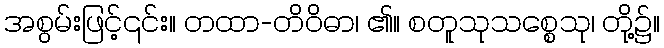
အစွမ်းဖြင့်၎င်း။ တထာ-တိဝိဓာ၊ ၏။ စတူသုသစ္စေသု၊ တို့၌။